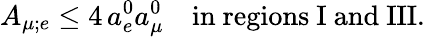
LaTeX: A_{\mu;e}\leq 4\, a_{e}^{0}a_{\mu}^{0}\quad\mathrm{in~regions~I~and~III}.